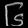
Digit: ၆